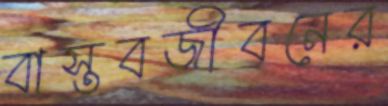
বাস্তবজীবনের